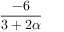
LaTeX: \frac { - 6 } { 3 + 2 \alpha }